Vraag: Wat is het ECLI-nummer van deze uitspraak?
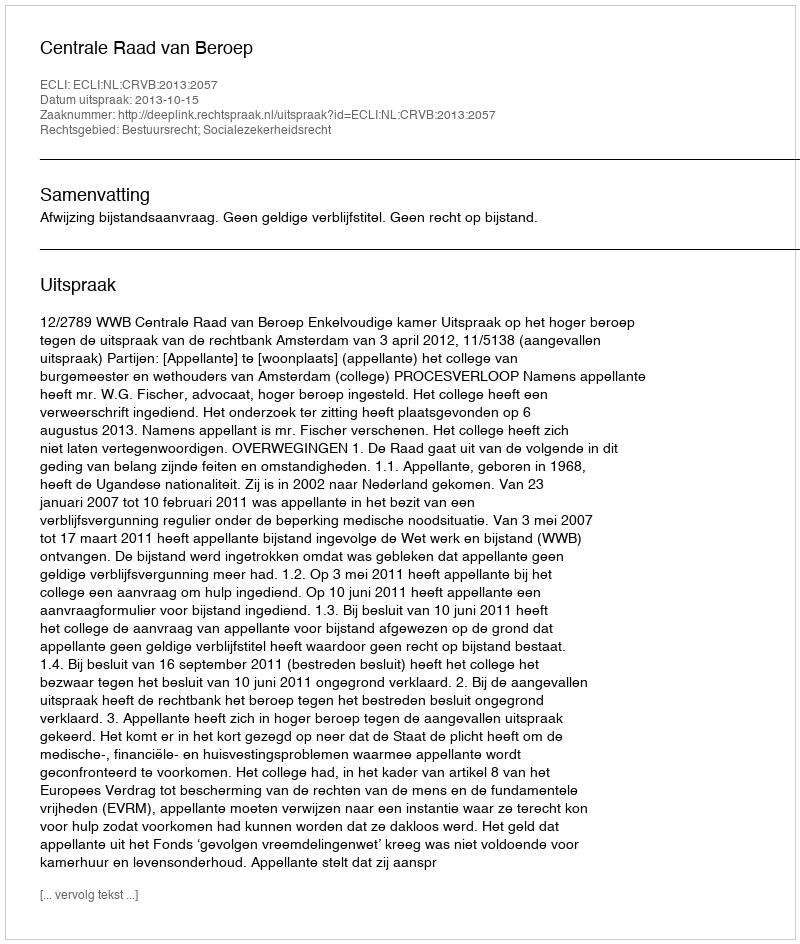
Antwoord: ECLI:NL:CRVB:2013:2057